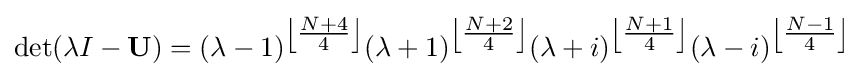
\det(\lambda I-\mathbf {U} )=(\lambda -1)^{\left\lfloor {\tfrac {N+4}{4}}\right\rfloor }(\lambda +1)^{\left\lfloor {\tfrac {N+2}{4}}\right\rfloor }(\lambda +i)^{\left\lfloor {\tfrac {N+1}{4}}\right\rfloor }(\lambda -i)^{\left\lfloor {\tfrac {N-1}{4}}\right\rfloor }